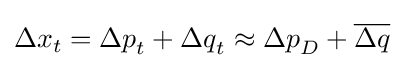
{\Delta x}_{t}={\Delta p}_{t}+{\Delta q}_{t}\approx {\Delta p}_{D}+{\overline {\Delta q}}